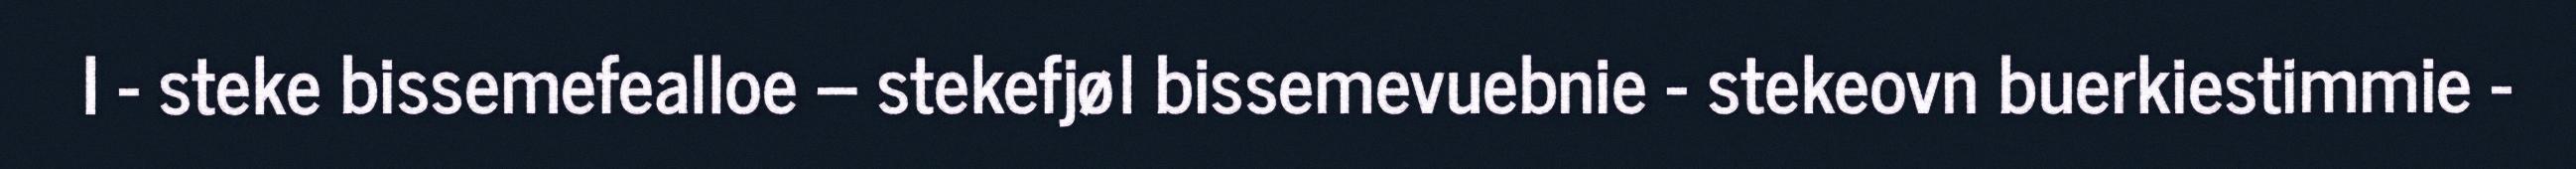
I - steke bissemefealloe – stekefjøl bissemevuebnie - stekeovn buerkiestimmie -